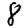
Digit: 8